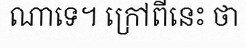
ណាទេ។ ក្រៅពីនេះ ថា